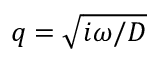
q = \sqrt { i \omega / D }